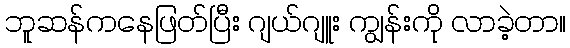
ဘူဆန်ကနေဖြတ်ပြီး ဂျယ်ဂျူး ကျွန်းကို လာခဲ့တာ။